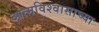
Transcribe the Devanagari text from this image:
आत्मविश्वासाच्या